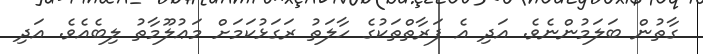
ގާތުން ބަލަމުންނެވެ. އަދި އެ ފަރާތްތަކުގެ ހާލަތު ރަގަޅުކަމަށް މަޢުލޫމާތު ލިބެއެވެ. އަދި